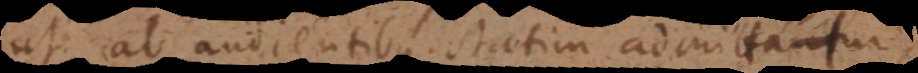
ut ab audientibus statim admittatur,